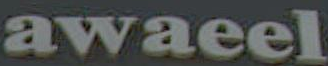
awaeel